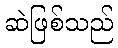
ဆဲဖြစ်သည်